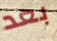
بعد